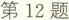
第12题